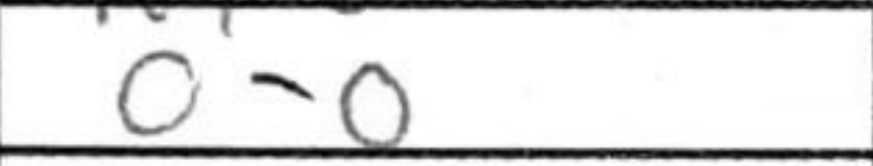
Transcription: O-O